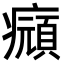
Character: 𤻆